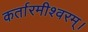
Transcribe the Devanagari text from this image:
कर्तारमीश्वरम्।